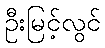
ဦးမြင့်လွင်